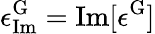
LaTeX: \epsilon_{\mathrm{Im}}^{\mathrm{G}}=\mathrm{Im}[\epsilon^{\mathrm{G}}]